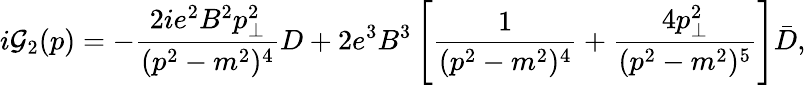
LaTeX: i{\cal G}_{2}(p)=-{\frac{2ie^{2}B^{2}p_{\bot}^{2}}{(p^{2}-m^{2})^{4}}}D+2e^{3}B^{3}\left[{\frac{1}{(p^{2}-m^{2})^{4}}}+{\frac{4p_{\bot}^{2}}{(p^{2}-m^{2})^{5}}}\right]\bar{D},